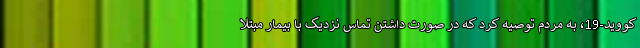
کووید-19، به مردم توصیه کرد که در صورت داشتن تماس نزدیک با بیمار مبتلا